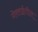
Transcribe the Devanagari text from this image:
गेवराईतील